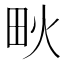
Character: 𤰹